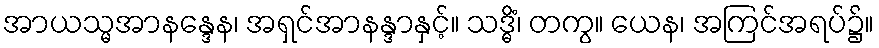
အာယသ္မအာနန္ဒေန၊ အရှင်အာနန္ဒာနှင့်။ သဒ္ဓိံ၊ တကွ။ ယေန၊ အကြင်အရပ်၌။